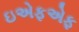
ઇએફએફ